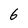
Character: 6